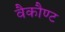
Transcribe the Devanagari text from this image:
वैकौण्ट